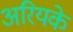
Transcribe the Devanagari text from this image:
अरियके